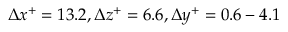
\Delta x ^ { + } = 1 3 . 2 , \Delta z ^ { + } = 6 . 6 , \Delta y ^ { + } = 0 . 6 - 4 . 1